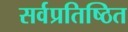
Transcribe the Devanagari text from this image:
सर्वप्रतिष्ठित